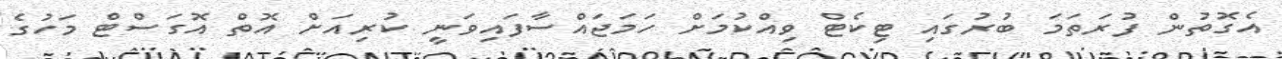
އެގޮތުން ފުރަތަމަ ބުރުގައި ޓިކެޓް ވިއްކުމަށް ހަމަޖައްސާފައިވަނީ ކުރިއަށް އޮތް އޮގަސްޓް މަހުގެ